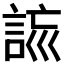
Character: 𧧮